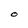
Character: O